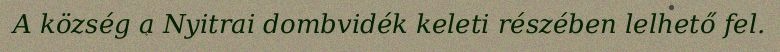
A község a Nyitrai dombvidék keleti részében lelhető fel.